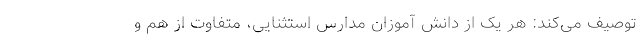
توصیف می‌کند: هر یک از دانش آموزان مدارس استثنایی، متفاوت از هم و